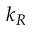
k _ { R }